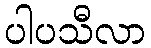
ပါပသီလာ